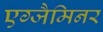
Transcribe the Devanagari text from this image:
एग्जैमिनर